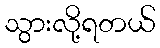
သွားလို့ရတယ်